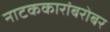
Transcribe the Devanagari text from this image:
नाटककारांबरोबर